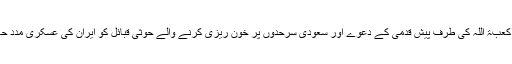
یمن سے کعبۃ اللہ کی طرف پیش قدمی کے دعوے اور سعودی سرحدوں پر خون ریزی کرنے والے حوثی قبائل کو ایران کی عسکری مدد حاصل ہے۔